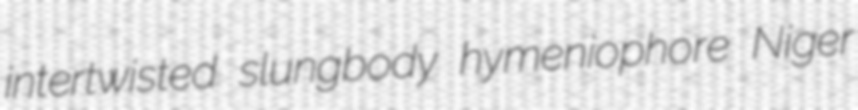
intertwisted slungbody hymeniophore Niger